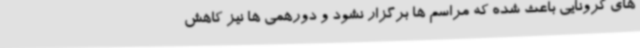
های کرونایی باعث شده که مراسم ها برگزار نشود و دورهمی ها نیز کاهش